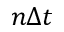
n \Delta t